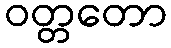
ဝတ္တတော